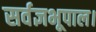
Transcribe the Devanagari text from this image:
सर्वज्ञभूपाल।